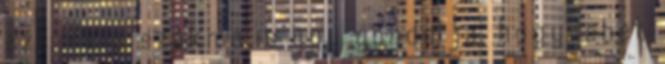
ezt, és a szakma is úgy gondolja, hogy lehet